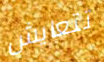
تتعايش